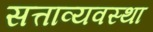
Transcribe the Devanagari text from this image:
सत्ताव्यवस्था